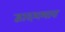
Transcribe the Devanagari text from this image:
द्वादशभाव